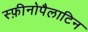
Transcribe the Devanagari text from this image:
स्फ़ीनोपैलाटिन